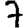
Digit: 7